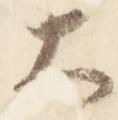
大